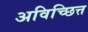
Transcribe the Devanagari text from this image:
अविच्छित्त